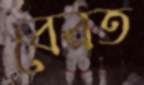
বেরত